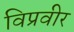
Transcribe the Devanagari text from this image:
विप्रवीर